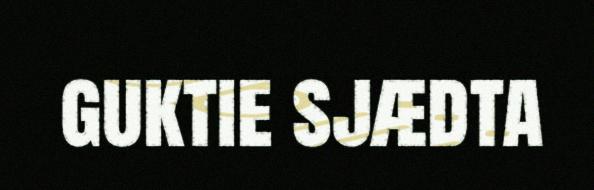
guktie sjædta